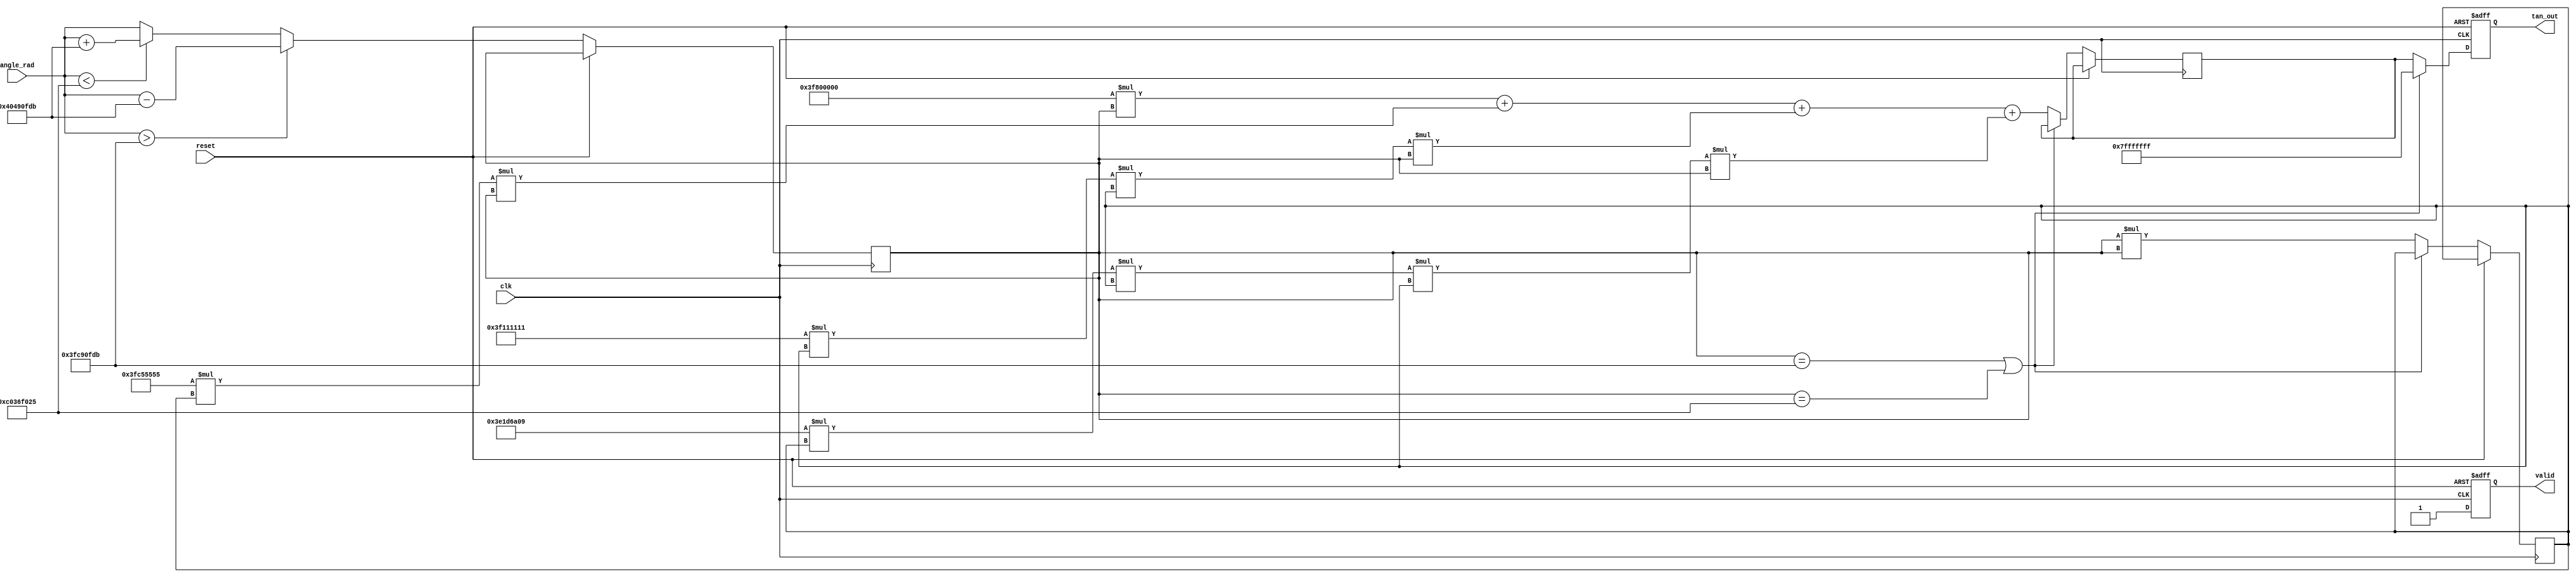
module tan_function (
    input wire clk,
    input wire reset,
    input wire [31:0] angle_rad, // Input angle in radians (32-bit floating point)
    output reg [31:0] tan_out,    // Output tangent value (32-bit floating point)
    output reg valid               // Output valid signal
);

    // Constants for /2 and  in fixed-point representation
    parameter PI_OVER_2 = 32'h3FC90FDB; // /2 in IEEE 754 format
    parameter PI = 32'h40490FDB;         //  in IEEE 754 format

    // Taylor series coefficients for tangent approximation
    parameter C0 = 32'h00000000; // 0
    parameter C1 = 32'h3F800000; // 1 (1.0)
    parameter C2 = 32'h3FC55555; // 1/3
    parameter C3 = 32'h3F111111; // 1/5
    parameter C4 = 32'h3E1D6A09; // 1/7

    reg [31:0] normalized_angle;
    reg [31:0] angle_squared;
    reg [31:0] taylor_result;

    // Angle normalization
    always @(posedge clk or posedge reset) begin
        if (reset) begin
            tan_out <= 32'h00000000;
            valid <= 0;
        end else begin
            // Normalize angle to range -/2 to /2
            if (angle_rad > PI_OVER_2) begin
                normalized_angle <= angle_rad - PI; // Reduce by 
            end else if (angle_rad < -PI_OVER_2) begin
                normalized_angle <= angle_rad + PI; // Reduce by -
            end else begin
                normalized_angle <= angle_rad; // Already in range
            end

            // Check for discontinuities
            if (normalized_angle == PI_OVER_2 || normalized_angle == -PI_OVER_2) begin
                tan_out <= 32'h7FFFFFFF; // Return large value for undefined
                valid <= 1;
            end else begin
                // Compute tangent using Taylor series approximation
                angle_squared <= normalized_angle * normalized_angle;
                taylor_result <= C1 * normalized_angle + C2 * angle_squared * normalized_angle + 
                                 C3 * angle_squared * angle_squared * normalized_angle +
                                 C4 * angle_squared * angle_squared * angle_squared * normalized_angle;

                tan_out <= taylor_result;
                valid <= 1;
            end
        end
    end

endmodule